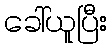
ခေါ်ယူပြီး